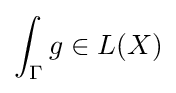
\int _{\Gamma }g\in L(X)